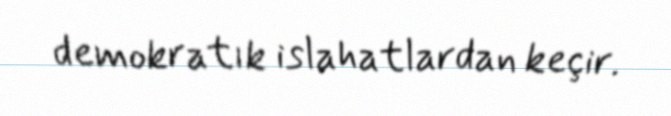
demokratık islahatlardan keçir.